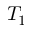
T _ { 1 }